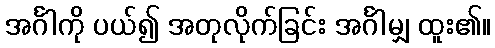
အင်္ဂါကို ပယ်၍ အတုလိုက်ခြင်း အင်္ဂါမျှ ထူး၏။